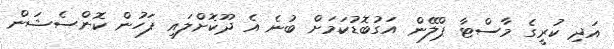
އަދި ކުރީގެ މާސްޓާ ޕްލޭން އަގުބޮޑުކަމަށް ބުނެ އެ ދޫކޮށްލައި ފަހުން ކޮންސެޝަން